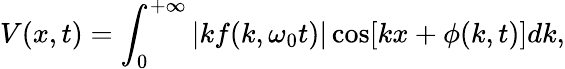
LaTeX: V(x,t)=\int_{0}^{+\infty}|kf(k,\omega_{0}t)|\cos[kx+\phi(k,t)]dk,